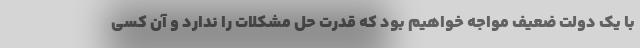
با یک دولت ضعیف مواجه خواهیم بود که قدرت حل مشکلات را ندارد و آن کسی